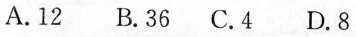
A.12 B.36 C.4 D.8